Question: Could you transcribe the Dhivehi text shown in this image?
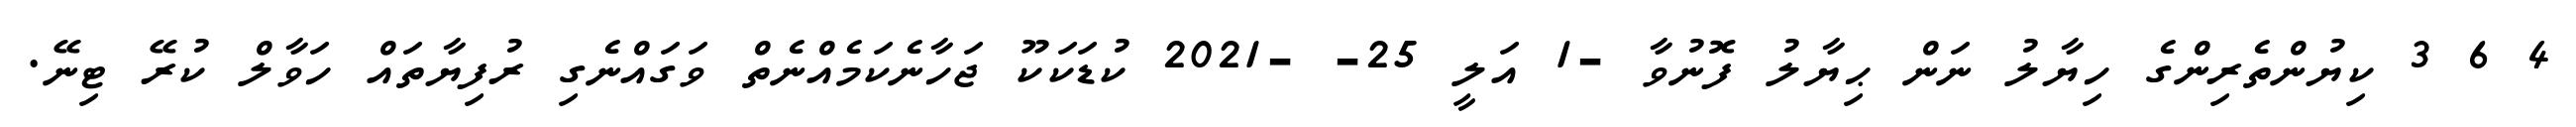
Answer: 4 6 3 ކިޔުންތެރިންގެ ހިޔާލު ނަން ޙިޔާލު ފޮނުވާ -1 އަލީ 25- -2021 ކުޑަކަކޫ ޖަހާނެކަމެއްނެތް ވަގައްނެގި ރުފިޔާތައް ހަވާލް ކުރޭ ޓިނޭ.